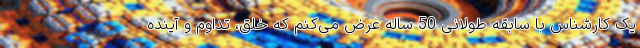
یک کارشناس با سابقه طولانی 50 ساله عرض می‌کنم که خلق، تداوم و آینده